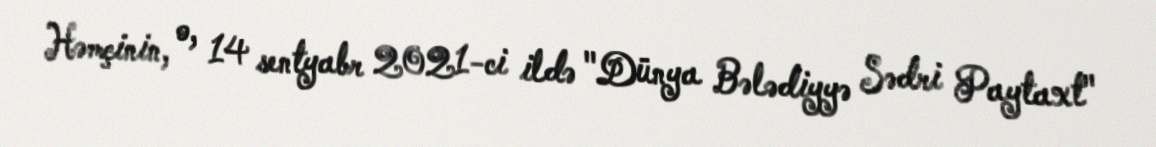
Həmçinin, o, 14 sentyabr 2021-ci ildə "Dünya Bələdiyyə Sədri Paytaxt"